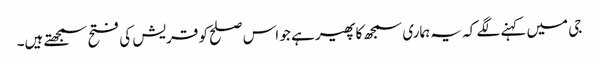
جی میں کہنے لگے کہ یہ ہماری سمجھ کا پھیر ہے جو اس صلح کو قریش کی فتح سمجھتے ہیں۔